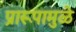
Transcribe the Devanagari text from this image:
प्रारूपामुळे